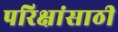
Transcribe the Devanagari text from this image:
परिक्षांसाठी